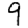
Digit: 9